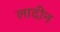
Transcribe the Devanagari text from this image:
लादीन